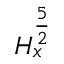
H _ { x } ^ { \frac { 5 } { 2 } }